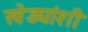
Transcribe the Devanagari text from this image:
खेड्यांशी